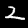
Label: 2